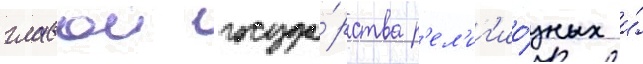
главои госуда́рства р'ел'иг'ио́зных и́